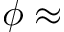
\phi \approx